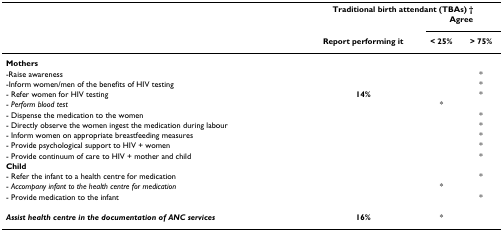
<table><thead><tr><td></td><td colspan="3"><b>Traditional birth attendant (TBAs) †</b></td></tr><tr><td></td><td></td><td colspan="2"><b>Agree</b></td></tr><tr><td></td><td><b>Report performing it</b></td><td><b>&lt; 25%</b></td><td><b>&gt; 75%</b></td></tr></thead><tbody><tr><td><b>Mothers</b></td><td></td><td></td><td></td></tr><tr><td>-Raise awareness</td><td></td><td></td><td>*</td></tr><tr><td>-Inform women/men of the benefits of HIV testing</td><td></td><td></td><td>*</td></tr><tr><td>- Refer women for HIV testing</td><td><b>14%</b></td><td></td><td>*</td></tr><tr><td>- <i>Perform blood test</i></td><td></td><td>*</td><td></td></tr><tr><td>- Dispense the medication to the women</td><td></td><td></td><td>*</td></tr><tr><td>- Directly observe the women ingest the medication during labour</td><td></td><td></td><td>*</td></tr><tr><td>- Inform women on appropriate breastfeeding measures</td><td></td><td></td><td>*</td></tr><tr><td>- Provide psychological support to HIV + women</td><td></td><td></td><td>*</td></tr><tr><td>- Provide continuum of care to HIV + mother and child</td><td></td><td></td><td>*</td></tr><tr><td><b>Child</b></td><td></td><td></td><td></td></tr><tr><td>- Refer the infant to a health centre for medication</td><td></td><td></td><td>*</td></tr><tr><td>- <i>Accompany infant to the health centre for medication</i></td><td></td><td>*</td><td></td></tr><tr><td>- Provide medication to the infant</td><td></td><td></td><td>*</td></tr><tr><td><b><i>Assist health centre in the documentation of ANC services</i></b></td><td><b>16%</b></td><td>*</td><td></td></tr></tbody></table>